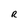
Character: R